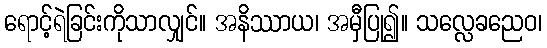
ရောင့်ရဲခြင်းကိုသာလျှင်။ အနိဿာယ၊ အမှီပြု၍။ သလ္လေခညေဝ၊